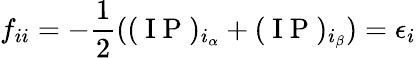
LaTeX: f_{ii}=-\frac{1}{2}((\mathrm{~I~P~})_{i_{\alpha}}+(\mathrm{~I~P~})_{i_{\beta}})=\epsilon_{i}